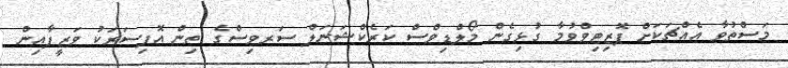
މަސްތުވާ އެއްޗަކަށް ޕޮޒިޓިވްވުމާ ގުޅިގެން މޯލްޑިވްސް ކަރެކްޝަނަލް ސަރވިސްގެ ތިން އޮފިސަރަކު ވަޒީފާއިން